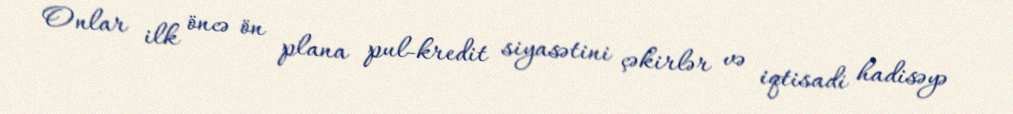
Onlar ilk öncə ön plana pul-kredit siyasətini çəkirlər və iqtisadi hadisəyə